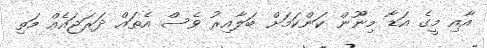
އާއި މީގެ އަޑާ މިނޫން ކަންކަމަށް ބަލާއިރު ވެސް އެތައް ދަރަޖައެއް މަތި